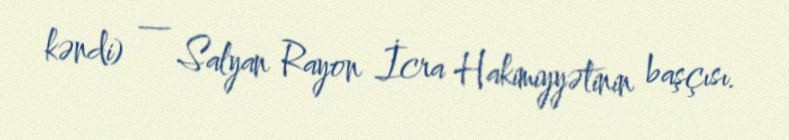
kəndi) — Salyan Rayon İcra Hakimiyyətinin başçısı.